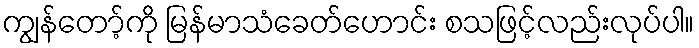
ကျွန်တော့်ကို မြန်မာသံခေတ်ဟောင်း စသဖြင့်လည်းလုပ်ပါ။